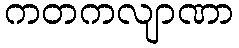
ကတကလျာဏာ